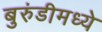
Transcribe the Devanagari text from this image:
बुरुंडीमध्ये